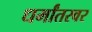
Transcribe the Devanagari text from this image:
धर्मांतरवर